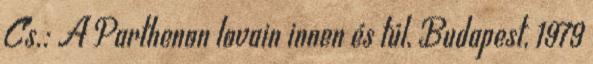
Cs.: A Parthenon lovain innen és túl, Budapest, 1979